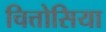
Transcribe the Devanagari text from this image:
चित्तोसिया